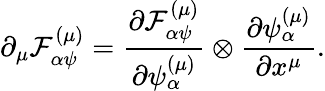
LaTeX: \partial_{\mu}{\cal F}_{\alpha\psi}^{\left(\mu\right)}=\frac{\partial{\cal F}_{\alpha\psi}^{\left(\mu\right)}}{\partial\psi_{\alpha}^{\left(\mu\right)}}\otimes\frac{\partial\psi_{\alpha}^{\left(\mu\right)}}{\partial x^{\mu}}.